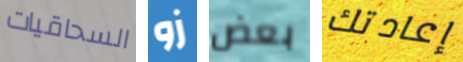
السحاقيات زو بعض إعادتك